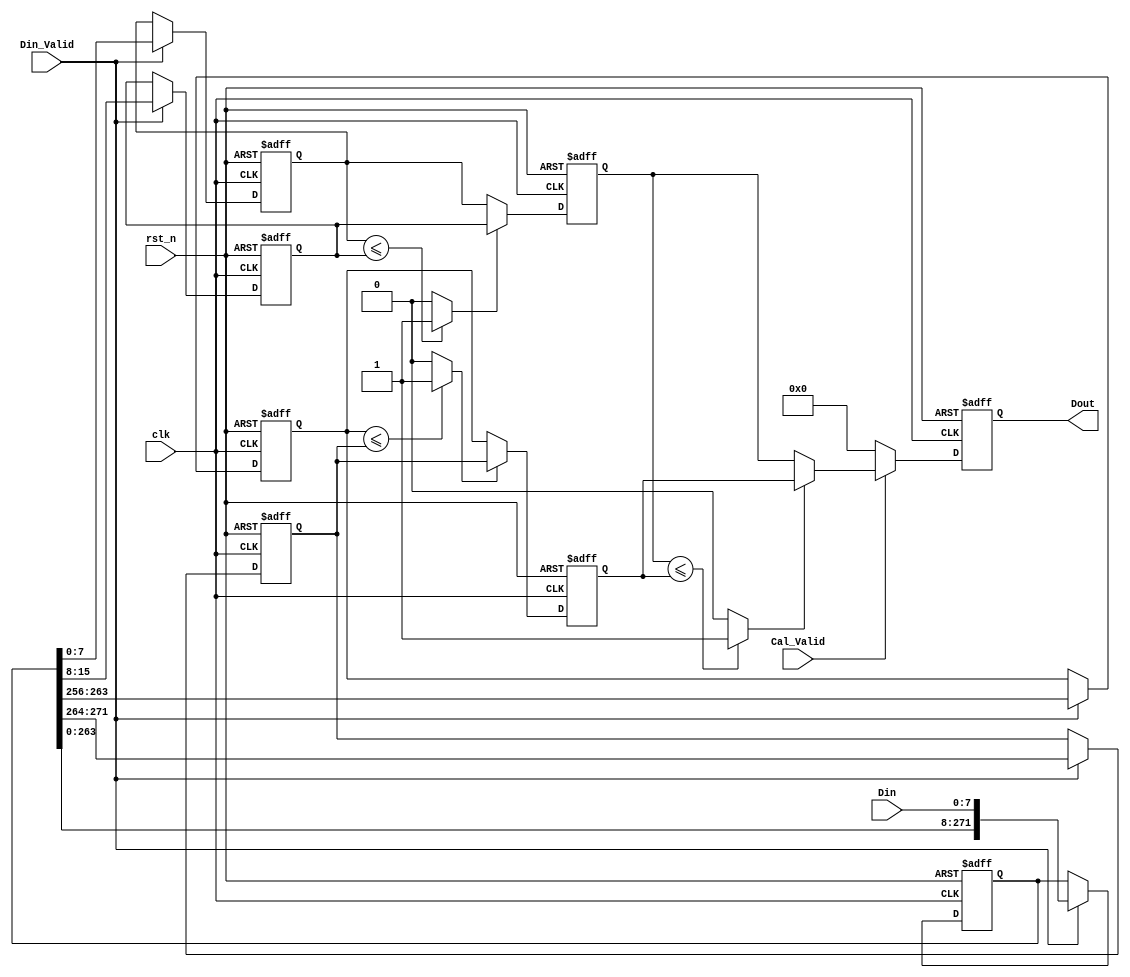
module First_Pool(
    clk,
    rst_n,
    Din_Valid, // tvalid
    Cal_Valid, // 
    Din, // ;
    Dout // 
    );
	
    input clk;
    input rst_n;
    input Din_Valid;
    input Cal_Valid;
    input [7:0] Din;
    output reg [7:0] Dout;

    reg [271:0] line_buffer; // 32*32 
    reg [7:0] window_buffer [3:0]; // 2*2             
    
    // Data Buffer
    always @ (posedge clk or negedge rst_n) begin
        if (!rst_n) begin
                line_buffer      <= 272'd0;
                window_buffer[3] <= 8'd0;
                window_buffer[2] <= 8'd0;
                window_buffer[1] <= 8'd0;
                window_buffer[0] <= 8'd0;
        end
        else begin
        	if(Din_Valid) begin
                line_buffer      <= {line_buffer[263:0],Din}; // 
                window_buffer[3] <= line_buffer[271:264]; // 
                window_buffer[2] <= line_buffer[263:256];
                window_buffer[1] <= line_buffer[15:8];
                window_buffer[0] <= line_buffer[7:0];
            end
            else begin
            	line_buffer   <= line_buffer;
            	window_buffer[3] <= window_buffer[3];
                window_buffer[2] <= window_buffer[2];
                window_buffer[1] <= window_buffer[1];
                window_buffer[0] <= window_buffer[0];
            end	
        end
    end

    wire sel0,sel1,sel2;
    reg [7:0] bigger0,bigger1;

    assign sel0 = (window_buffer[0] <= window_buffer[1])? 1:0;
    assign sel1 = (window_buffer[2] <= window_buffer[3])? 1:0;
    assign sel2 = (bigger0 <= bigger1)? 1:0;
    
    always @ (posedge clk or negedge rst_n) begin
        if (!rst_n) begin     
            bigger0 <= 8'd0;
        end
        else begin
            if(sel0)
                bigger0 <= window_buffer[1];
            else
                bigger0 <= window_buffer[0];
        end
    end

    always @ (posedge clk or negedge rst_n) begin
        if (!rst_n) begin     
            bigger1 <= 8'd0;
        end
        else begin
            if(sel1)
                bigger1 <= window_buffer[3];
            else
                bigger1 <= window_buffer[2];
        end
    end

    always @(posedge clk or negedge rst_n) begin
        if (!rst_n)
            Dout <= 8'd0;
        else begin
            if(Cal_Valid) begin
                if(sel2)
                    Dout <= bigger1;
                else
                    Dout <= bigger0;
            end
            else 
                Dout <= 1'b0;
        end
    end

endmodule